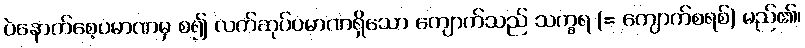
ပဲနောက်စေ့ပမာဏမှ စ၍ လက်ဆုပ်ပမာဏရှိသော ကျောက်သည် သက္ခရ (= ကျောက်စရစ်) မည်၏၊